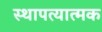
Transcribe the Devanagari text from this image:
स्थापत्यात्मक